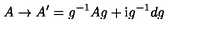
A \to A ^ { \prime } = g ^ { - 1 } A g + \mathrm { i } g ^ { - 1 } d g